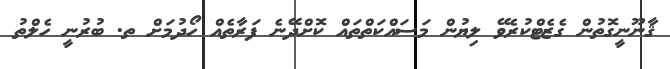
ޤާނޫނީގޮތުން ގެޒެޓްކުރެވޭ ލިޔުން މަސައްކަތްތައް ކޮށްދޭނެ ފަރާތެއް ހޯދުމަށް ތ. ބުރުނީ ހެލްތު